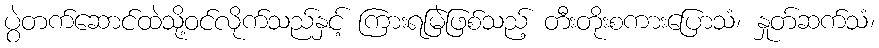
ပွဲတက်ဆောင်ထဲသို့ဝင်လိုက်သည်နှင့် ကြားရမြဲဖြစ်သည့် တီးတိုးစကားပြောသံ၊ နှုတ်ဆက်သံ၊